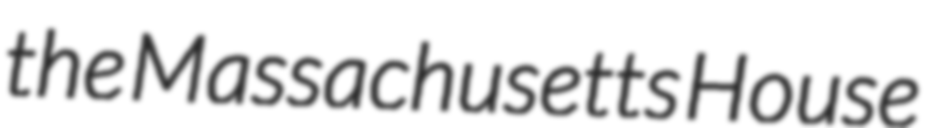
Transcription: the Massachusetts House